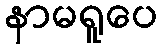
နာမရူပေ